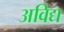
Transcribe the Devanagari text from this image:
अविद्य